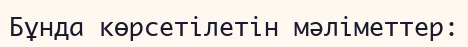
Бұнда көрсетілетін мәліметтер: